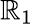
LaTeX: \mathbb{R}_{1}